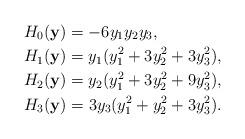
LaTeX: \begin{align*}&H_0(\mathbf{y})=-6y_1y_2y_3,\\&H_1(\mathbf{y})=y_1(y_1^2+3y_2^2+3y_3^2),\\&H_2(\mathbf{y})=y_2(y_1^2+3y_2^2+9y_3^2),\\&H_3(\mathbf{y})=3y_3(y_1^2+y_2^2+3y_3^2).\end{align*}